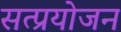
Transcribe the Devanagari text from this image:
सत्प्रयोजन